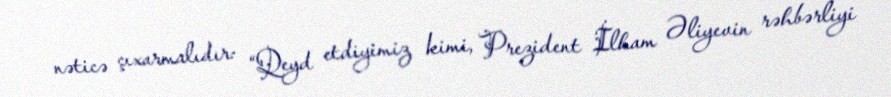
nəticə çıxarmalıdır: “Qeyd etdiyimiz kimi, Prezident İlham Əliyevin rəhbərliyi